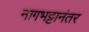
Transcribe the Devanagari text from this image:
नागभट्टानंतर